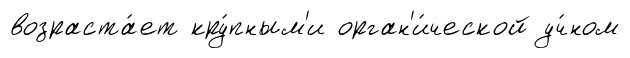
возраста́ет кру́пным'и орган'и́ческой уч́ном